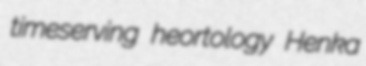
timeserving heortology Henka